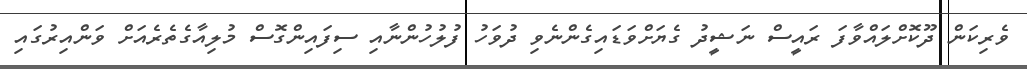
ވެރިކަން ދޫކޮށްލައްވާފަ ރައީސް ނަޝީދު ގެޔަށްވަޑައިގެންނެވި ދުވަހު ފުލުހުންނާއި ސިފައިންގޮސް މުލިއާގެތެރެއަށް ވަންއިރުގައި